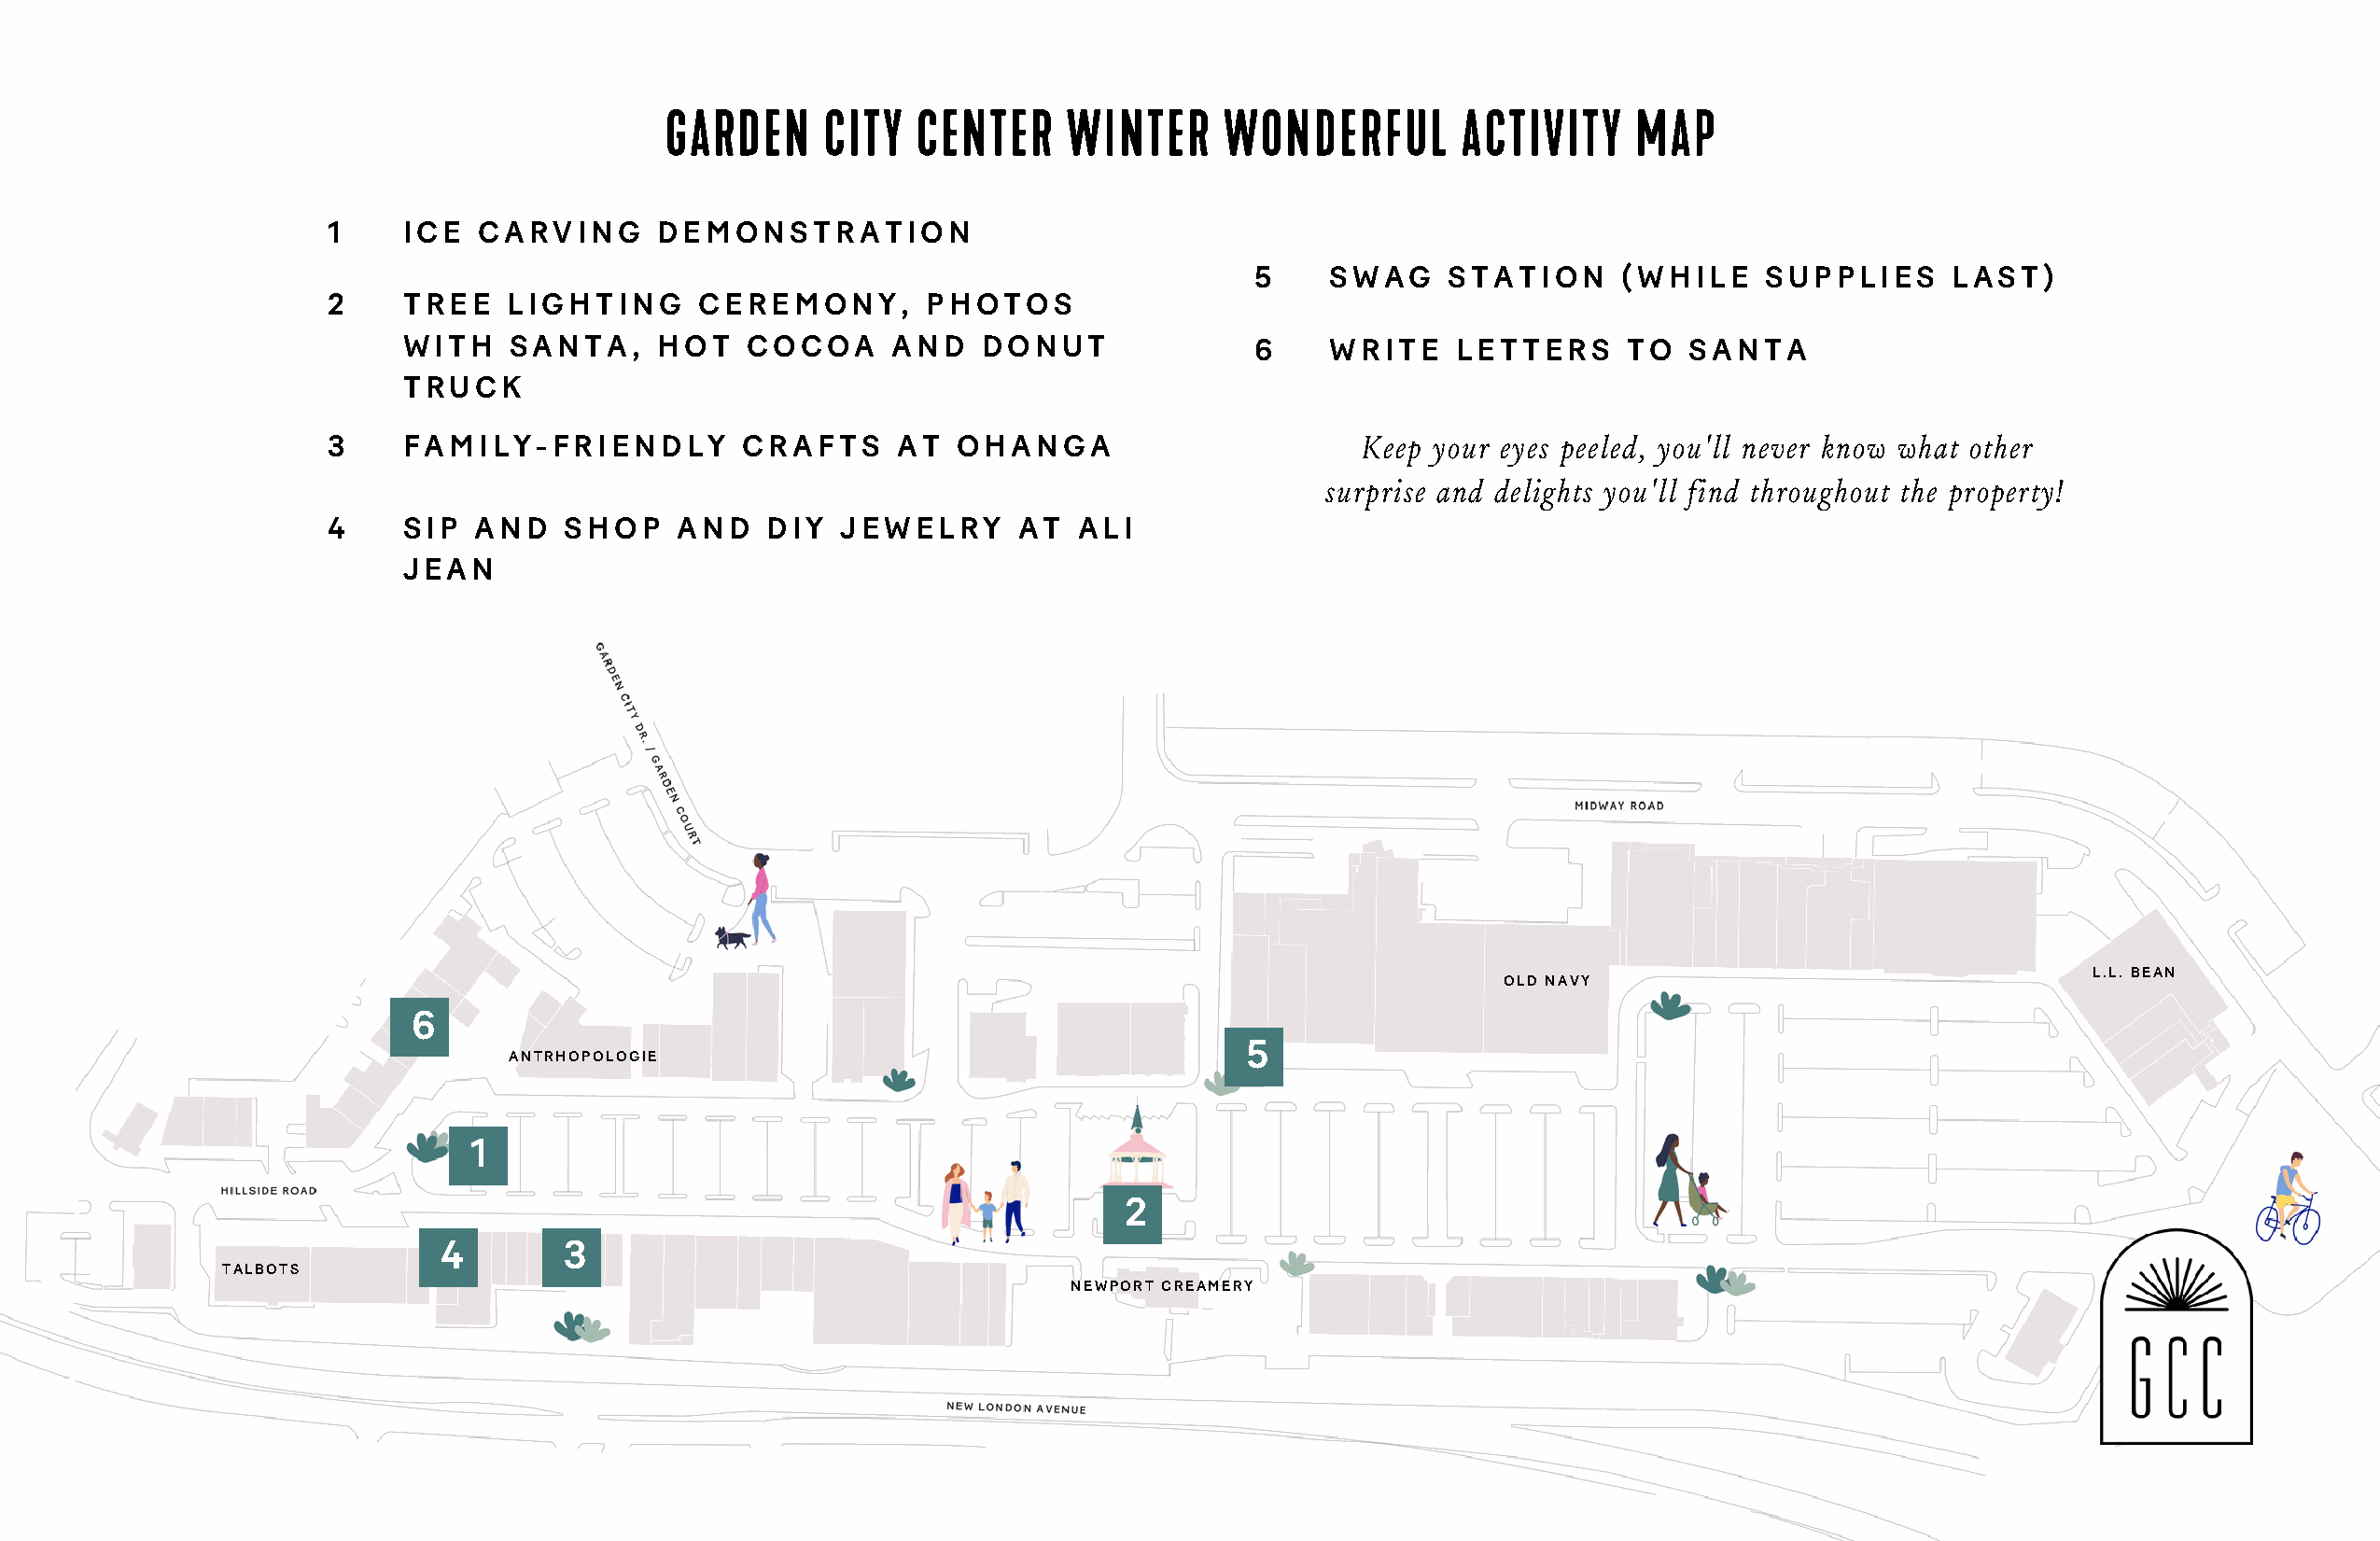
GARDEN     CITY   CENTER     WINTER     WONDERFUL        ACTIVITY    MAP
 1     ICE  CARVING      DEMONSTRATION
 5    SWAG     STATION     (WHILE    SUPPLIES     LAST)
 2     TREE   LIGHTING      CEREMONY,       PHOTOS
 WITH   SANTA,     HOT   COCOA     AND    DONUT              6    WRITE    LETTERS     TO   SANTA
 TRUCK
 3     FAMILY-FRIENDLY         CRAFTS     AT  OHANGA                       Keep your eyes peeled, you'll never know what other
 surprise and delights you'll find throughout the property!
 4     SIP  AND   SHOP    AND   DIY   JEWELRY     AT  ALI
 JEAN
 L.L. BEAN
 OLD NAVY
 6
 5
 ANTRHOPOLOGIE
 1
 2
 4        3
 TALBOTS
 NEWPORT CREAMERY